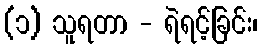
(၁) သူရတာ - ရဲရင့်ခြင်း၊